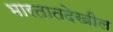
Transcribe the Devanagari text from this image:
भारतातदेखील